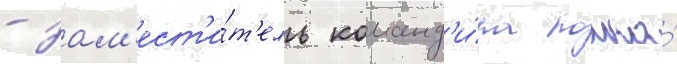
- зам'ест'и́т'ель команд'и́ра полка́